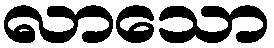
လာသော